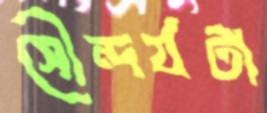
সৌন্দর্যটা